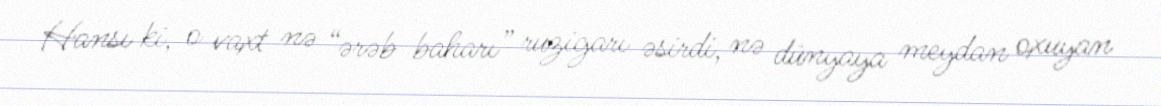
Hansı ki, o vaxt nə “ərəb baharı” ruzigarı əsirdi, nə dünyaya meydan oxuyan